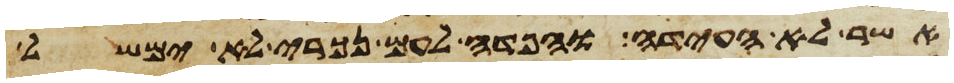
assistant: אשר לא העידה והפדה לעם נכרי לא ימשל